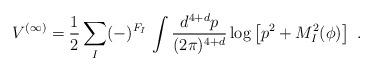
LaTeX: \begin{align*}V^{(\infty)}=\frac{1}{2} \sum_I (-)^{F_I} \, \int\frac{d^{4+d}p}{(2\pi)^{4+d}}\log\left[p^2+M^2_{I}(\phi)\right]\ .\end{align*}